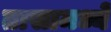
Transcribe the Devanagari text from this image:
तासामध्ये